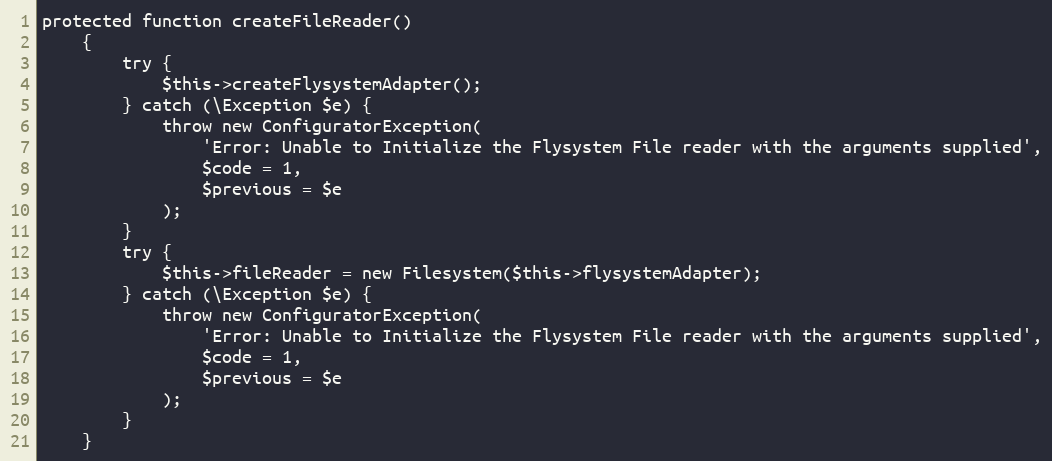
Language: PHP
protected function createFileReader()
    {
        try {
            $this->createFlysystemAdapter();
        } catch (\Exception $e) {
            throw new ConfiguratorException(
                'Error: Unable to Initialize the Flysystem File reader with the arguments supplied',
                $code = 1,
                $previous = $e
            );
        }
        try {
            $this->fileReader = new Filesystem($this->flysystemAdapter);
        } catch (\Exception $e) {
            throw new ConfiguratorException(
                'Error: Unable to Initialize the Flysystem File reader with the arguments supplied',
                $code = 1,
                $previous = $e
            );
        }
    }